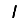
Digit: 1